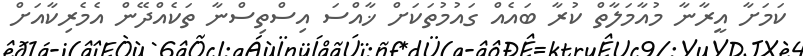
ކަމަށާ އީރާނާ މުއާމަލާތް ކުރާ ބައެއް ގައުމުތަކަށް ޚާއްސަ އިސްތިސްނާ ތަކެއްދޭން އެމެރިކާއަށް